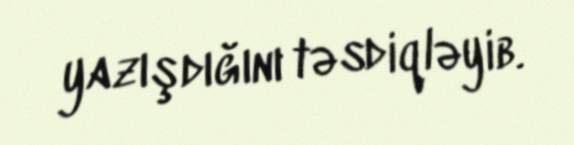
yazışdığını təsdiqləyib.